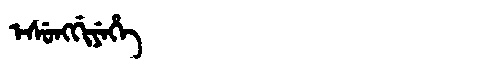
Manchu: ᡝᠰᡠᠩᡤᡳᠶᡝᡥᡝ
Romanization: ESUNGGIYEHE